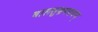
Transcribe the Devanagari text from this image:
बालसुब्रमण्यम्